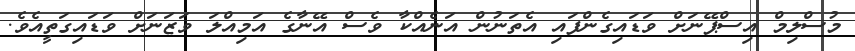
މުސްލިމް އިސްޕޭނަށް ވަޑައިގެންފައި އެތަނުން އަނެއްކާ ވެސް އޭނާގެ އަމިއްލަ ވަޒަނަށް ވަޑައިގަތީއެވެ.